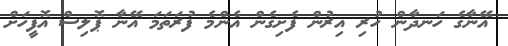
އޭނާގެ ހަނދާން ހުރި އިރުން ފެށިގެން އެންމެ ފުރަތަމަ އޭނާ ޕޮލިސް އޮފީހަށް